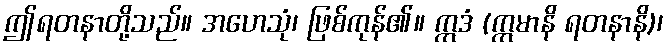
ဤရတနာတို့သည်။ အဟေသုံ၊ ဖြစ်ကုန်၏။ ဣဒံ (ဣမာနိ ရတနာနိ)၊